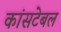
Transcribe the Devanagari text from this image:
कांसटेबल